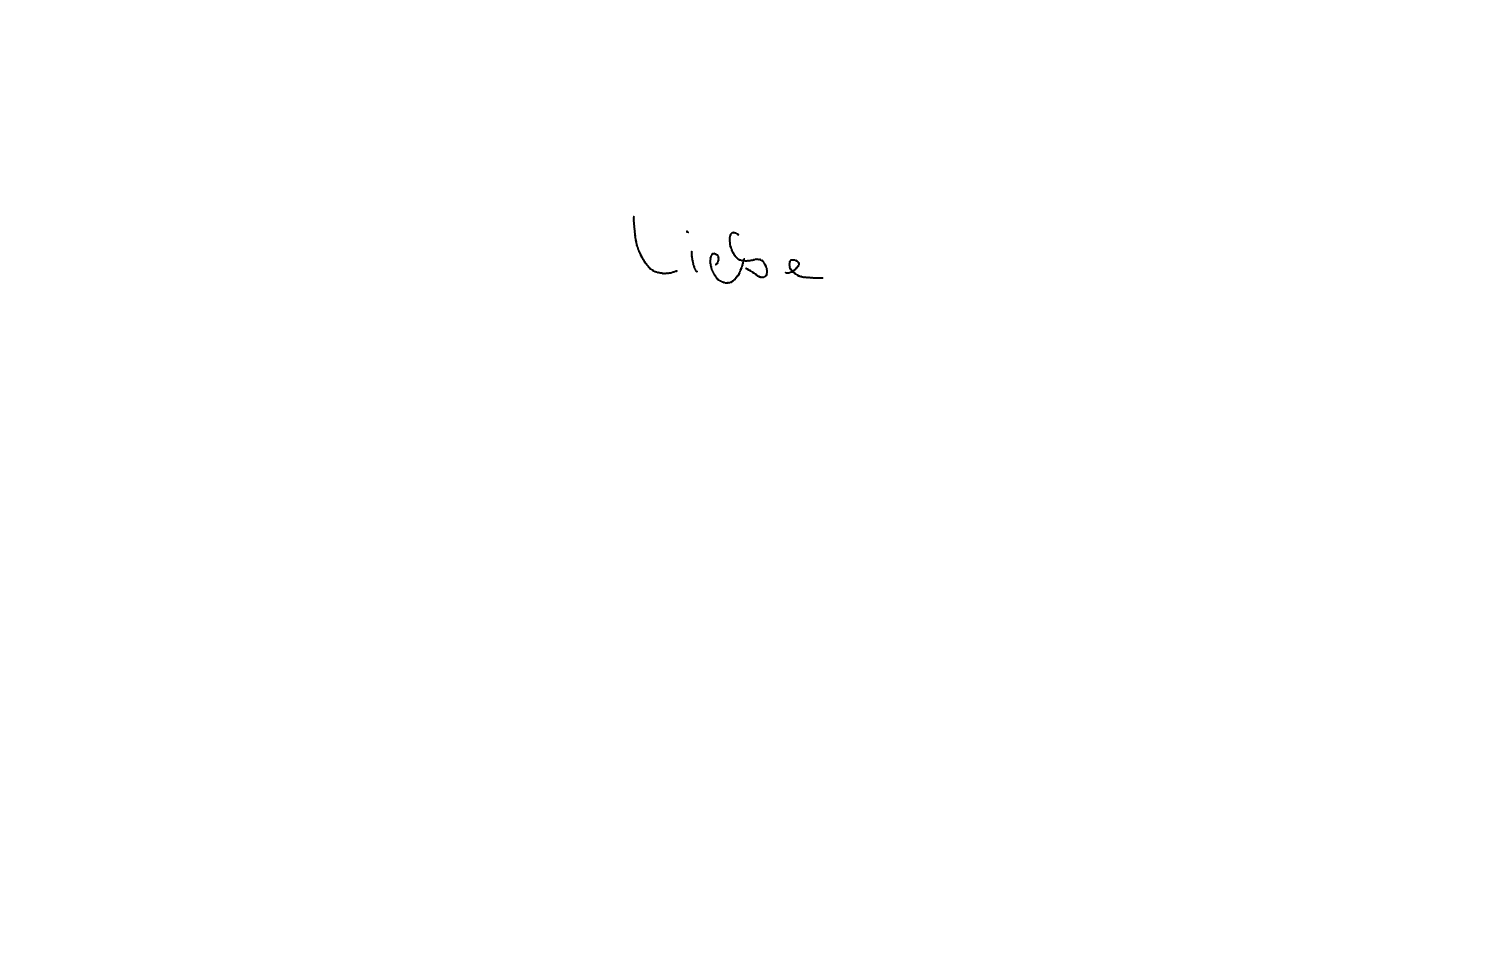
Text: Liebe